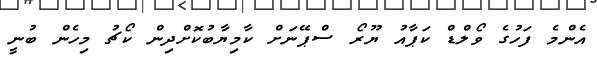
އެންމެ ފަހުގެ ވޯލްޑް ކަޕާއު ޔޫރޯ ސްޕޭނަށް ކާމިޔާބުކޮށްދިން ކޯޗު މިހެން ބުނީ